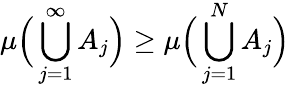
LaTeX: \mu{\Big(}\bigcup_{j=1}^{\infty}A_{j}{\Big)}\geq\mu{\Big(}\bigcup_{j=1}^{N}A_{j}{\Big)}